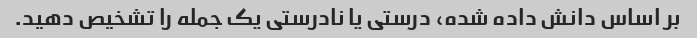
بر اساس دانش داده شده، درستی یا نادرستی یک جمله را تشخیص دهید.